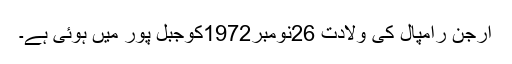
ارجن رامپال کی ولادت 26نومبر1972کوجبل پور میں ہوئی ہے۔